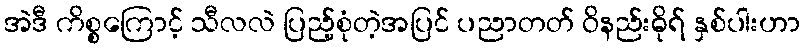
အဲဒီ ကိစ္စကြောင့် သီလလဲ ပြည့်စုံတဲ့အပြင် ပညာတတ် ဝိနည်းဓိုရ် နှစ်ပါးဟာ